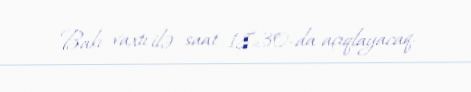
Bakı vaxtı ilə saat 18:30-da açıqlayacaq.